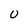
Character: U